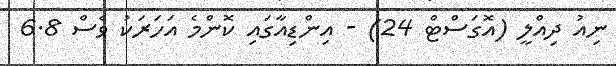
ނިއު ދިއްލީ (އޮގަސްޓް 24) - އިންޑިއާގައި ކޮންމެ އަހަރަކު ވެސް 6.8